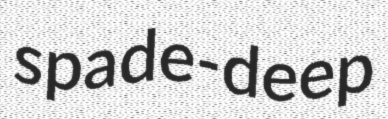
spade-deep